Annual report of the Civil Veterinary Department, Bengal, for the year 1897-98 - 1897-1898
Year: 1897
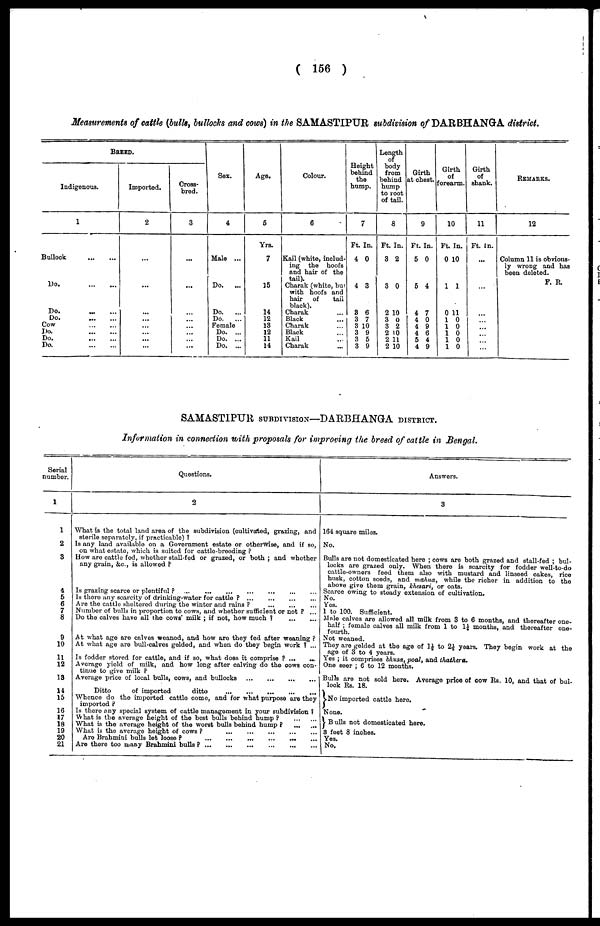
( 156 )
Measurements of cattle (bulls, bullocks and cows) in the SAMASTIPUR subdivision of DARBHANGA district.
BREED.
Indigenous.
1
Bullock
Do.
Do.
...
...
Do.
Cow
Do.
Do.
Do.
Imported.
2
...
...
Cross-
bred.
3
...
...
Sex.
4
Male ...
Do.
...
Do.
...
Do.
...
Female
Do. ...
Do. ...
Do. ...
Age.
5
Yrs.
7
15
14
12
13
12
11
14
Colour.
C
Kail (white, includ-
ing the hoofs
and hair of the
tail).
Charak (white, bur
with hoofs and
hair
of
tail
black).
Charak
Black
Charak
Black
Kail
Charak
Height
behind
the
hump.
7
Ft. In.
4 0
4 3
8 6
3 7
3 10
3 9
3 5
3 9
Length
body
from
behind
hump
to root
of tail.
8
Ft. In.
3 2
3 0
2 10
3 0
3 2
2 10
2 11
2 10
Girth
at chest.
9
Ft. In.
5 0
5 4
4 7
4 0
4 9
4 6
5 4
4 9
Girth
of
forearm.
10
Ft. In.
0 10
1 1
0 11
1 0
1 0
1 0
1 0
1 0
Girth
of
shank.
11
Ft. In.
...
...
...
...
...
...
...
...
REMARKS.
12
Column 11 is obvious-
ly wrong and has
been deleted.
F. R.
SAMASTIPUR SUBDIVISION—DARBHANGA DISTRICT.
Information in connection with proposals for improving the breed of cattle in Bengal.
Serial
number.
1
1
2
3
4
5
6
7
8
9
10
11
12
18
14
15
16
17
18
19
20
21
Questions.
2
What is the total land area of the subdivision (cultivated, grazing, and
sterile soparately, if practicable) ?
Is any land available on a Government estate or otherwise, and if so,
on what estate, which is suited for cattle-breeding ?
How are cattle fed, whether stall-fed or grazed, or both; and whether
any grain, &c., is allowed ?
Is grazing scarce or plentiful ? ... ... ... ... ... ... ...
Is there any scarcity of drinking-water for cattle ? ... ... ... ...
Are the cattle sheltered during the winter and rains ? ... ... ...
Number of bulls in proportion to cows, and whether sufficient or not ? ...
Do the calves have all the cows' milk ; if not, how much ?
...
...
At what age are calves weaned, and how are they fed after weaning ?
At what age are bull-calves gelded, and when do they begin work ! ...
Is fodder stored for cattle, and if so, what does it comprise ? ...
...
Average yield of milk, and how long after calving do the cows con-
tinue to give milk ?
Average price of local bulls, cows, and bullocks
...
...
...
...
Ditto
of imported
ditto
...
...
...
...
...
...
Whence do the imported cattle come, and for what purpose are they
imported ?
Is there any special system of cattle management in your subdivision ?
What is the average height of the best bulls behind hump? ... ... ...
What is the average height of the worst bulls behind hump ?
...
...
What is the average height of cows
?
...
...
...
...
...
Are Brahmini bulls let loose
?
...
...
...
...
...
Are there too many Brahmini bulls
?
...
...
...
...
...
...
...
Answers.
3
164 square miles.
No.
Bulls are not domesticated here ; cows are both grazed and stall-fed ; bul-
locks are grazed only. When there is scarcity for fodder well-to-do
cattle-owners feed them also with mustard and linseed cakes, rice
husk, cotton seeds, and madua, while the richer in addition to the
above give them grain, khesari, or oats.
Scarce owing to steady extension of cultivation.
No.
Yes.
1 to 100. Sufficient.
Male calves are allowed all milk from 3 to 6 months, and thereafter one-
half ; female calves all milk from 1 to 1½ months, and thereafter one-
fourth.
Not weaned.
They are gelded at the age of 1½ to 2½ years. They begin work at the
age of 3 to 4 years.
Yes ; it comprises bhusa, poal, and thathera.
One seer ; 6 to 12 months.
Bulls are not sold here. Average price of cow Rs. 10, and that of bul-
lock Rs. 18.
No imported cattle here.
J None.
Bulls not domesticated here.
3 feet 8 inches.
Yes.
No.